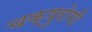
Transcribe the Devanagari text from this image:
चक्षुरोगी